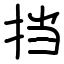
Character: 挡